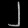
Digit: ၂